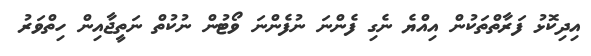
އިދިކޮޅު ފަރާތްތަކުން އިއްޔެ ނެގި ފެންނަ ނުފެންނަ ވޯޓުން ނުކުތް ނަތީޖާއިން ހިތްވަރު